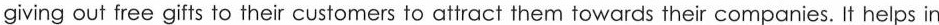
giving out free gifts to their customers to attract them towards their companies. It helps in